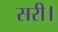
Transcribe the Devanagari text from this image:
सरी।